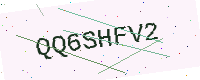
Text: QQ6SHFV2